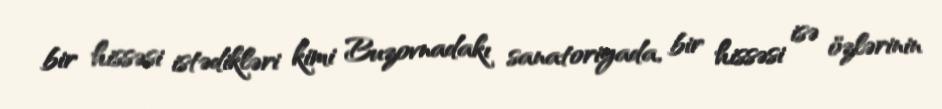
bir hissəsi istədikləri kimi Buzovnadakı sanatoriyada, bir hissəsi isə özlərinin